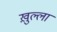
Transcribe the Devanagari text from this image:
ख़ुल्ला